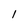
Character: l